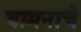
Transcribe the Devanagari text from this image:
वामनाचे